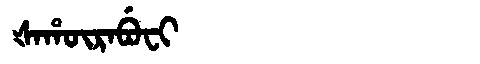
Manchu: ᡧᠠᡥᡡᡵᠠᠪᡠᠸᡳ
Romanization: ŠAHŪRABUFI